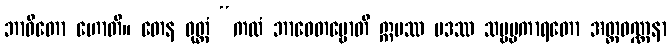
ဘာဝိတော ဟောတိ။ တေန ဝုတ္တံ “ကထံ ဘာဝေတဗ္ဗောတိ ဣမဿ ပဒဿ သဗ္ဗပ္ပကာရတော အတ္ထဝဏ္ဏနာ